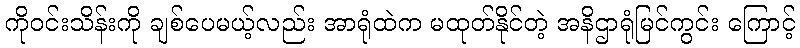
ကိုဝင်းသိန်းကို ချစ်ပေမယ့်လည်း အာရုံထဲက မထုတ်နိုင်တဲ့ အနိဌာရုံမြင်ကွင်း ကြောင့်